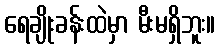
ရေချိုးခန်းထဲမှာ မီးမရှိဘူး။